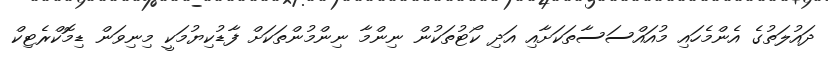
ދައުލަތުގެ އެންމެހައި މުއައްސަސާތަކަށާއި އަދި ކޯޓުތަކުން ނިންމާ ނިންމުންތަކަށް ފާޑުކިޔުމަކީ މިނިވަން ޑިމޮކްރެޓިކް